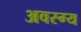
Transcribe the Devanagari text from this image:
अवस्ग्य